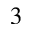
^ 3